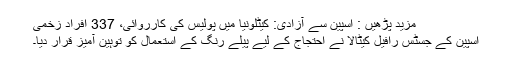
مزید پڑھیں : اسپین سے آزادی: کیٹلونیا میں پولیس کی کارروائی، 337 افراد زخمی
اسپین کے جسٹس رافیل کیٹالا نے احتجاج کے لیے پیلے رنگ کے استعمال کو توہین آمیز قرار دیا۔